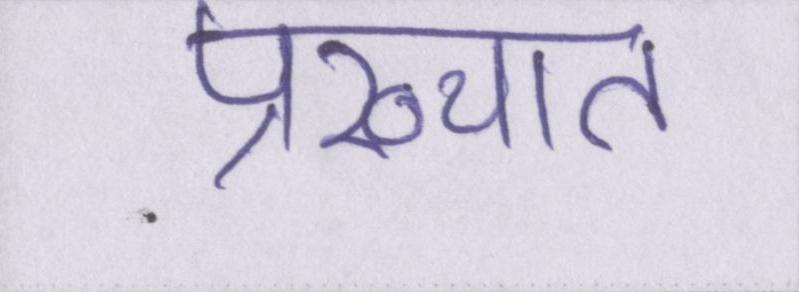
प्रख्यात